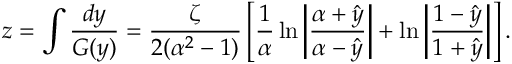
z = \int \frac { d y } { G ( y ) } = \frac { \zeta } { 2 ( \alpha ^ { 2 } - 1 ) } \left[ \frac { 1 } { \alpha } \ln \left| \frac { \alpha + \hat { y } } { \alpha - \hat { y } } \right| + \ln \left| \frac { 1 - \hat { y } } { 1 + \hat { y } } \right| \right] .